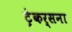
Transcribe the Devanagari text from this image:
ट्रेकर्सना